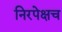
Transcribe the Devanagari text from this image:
निरपेक्षच